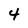
Character: 4